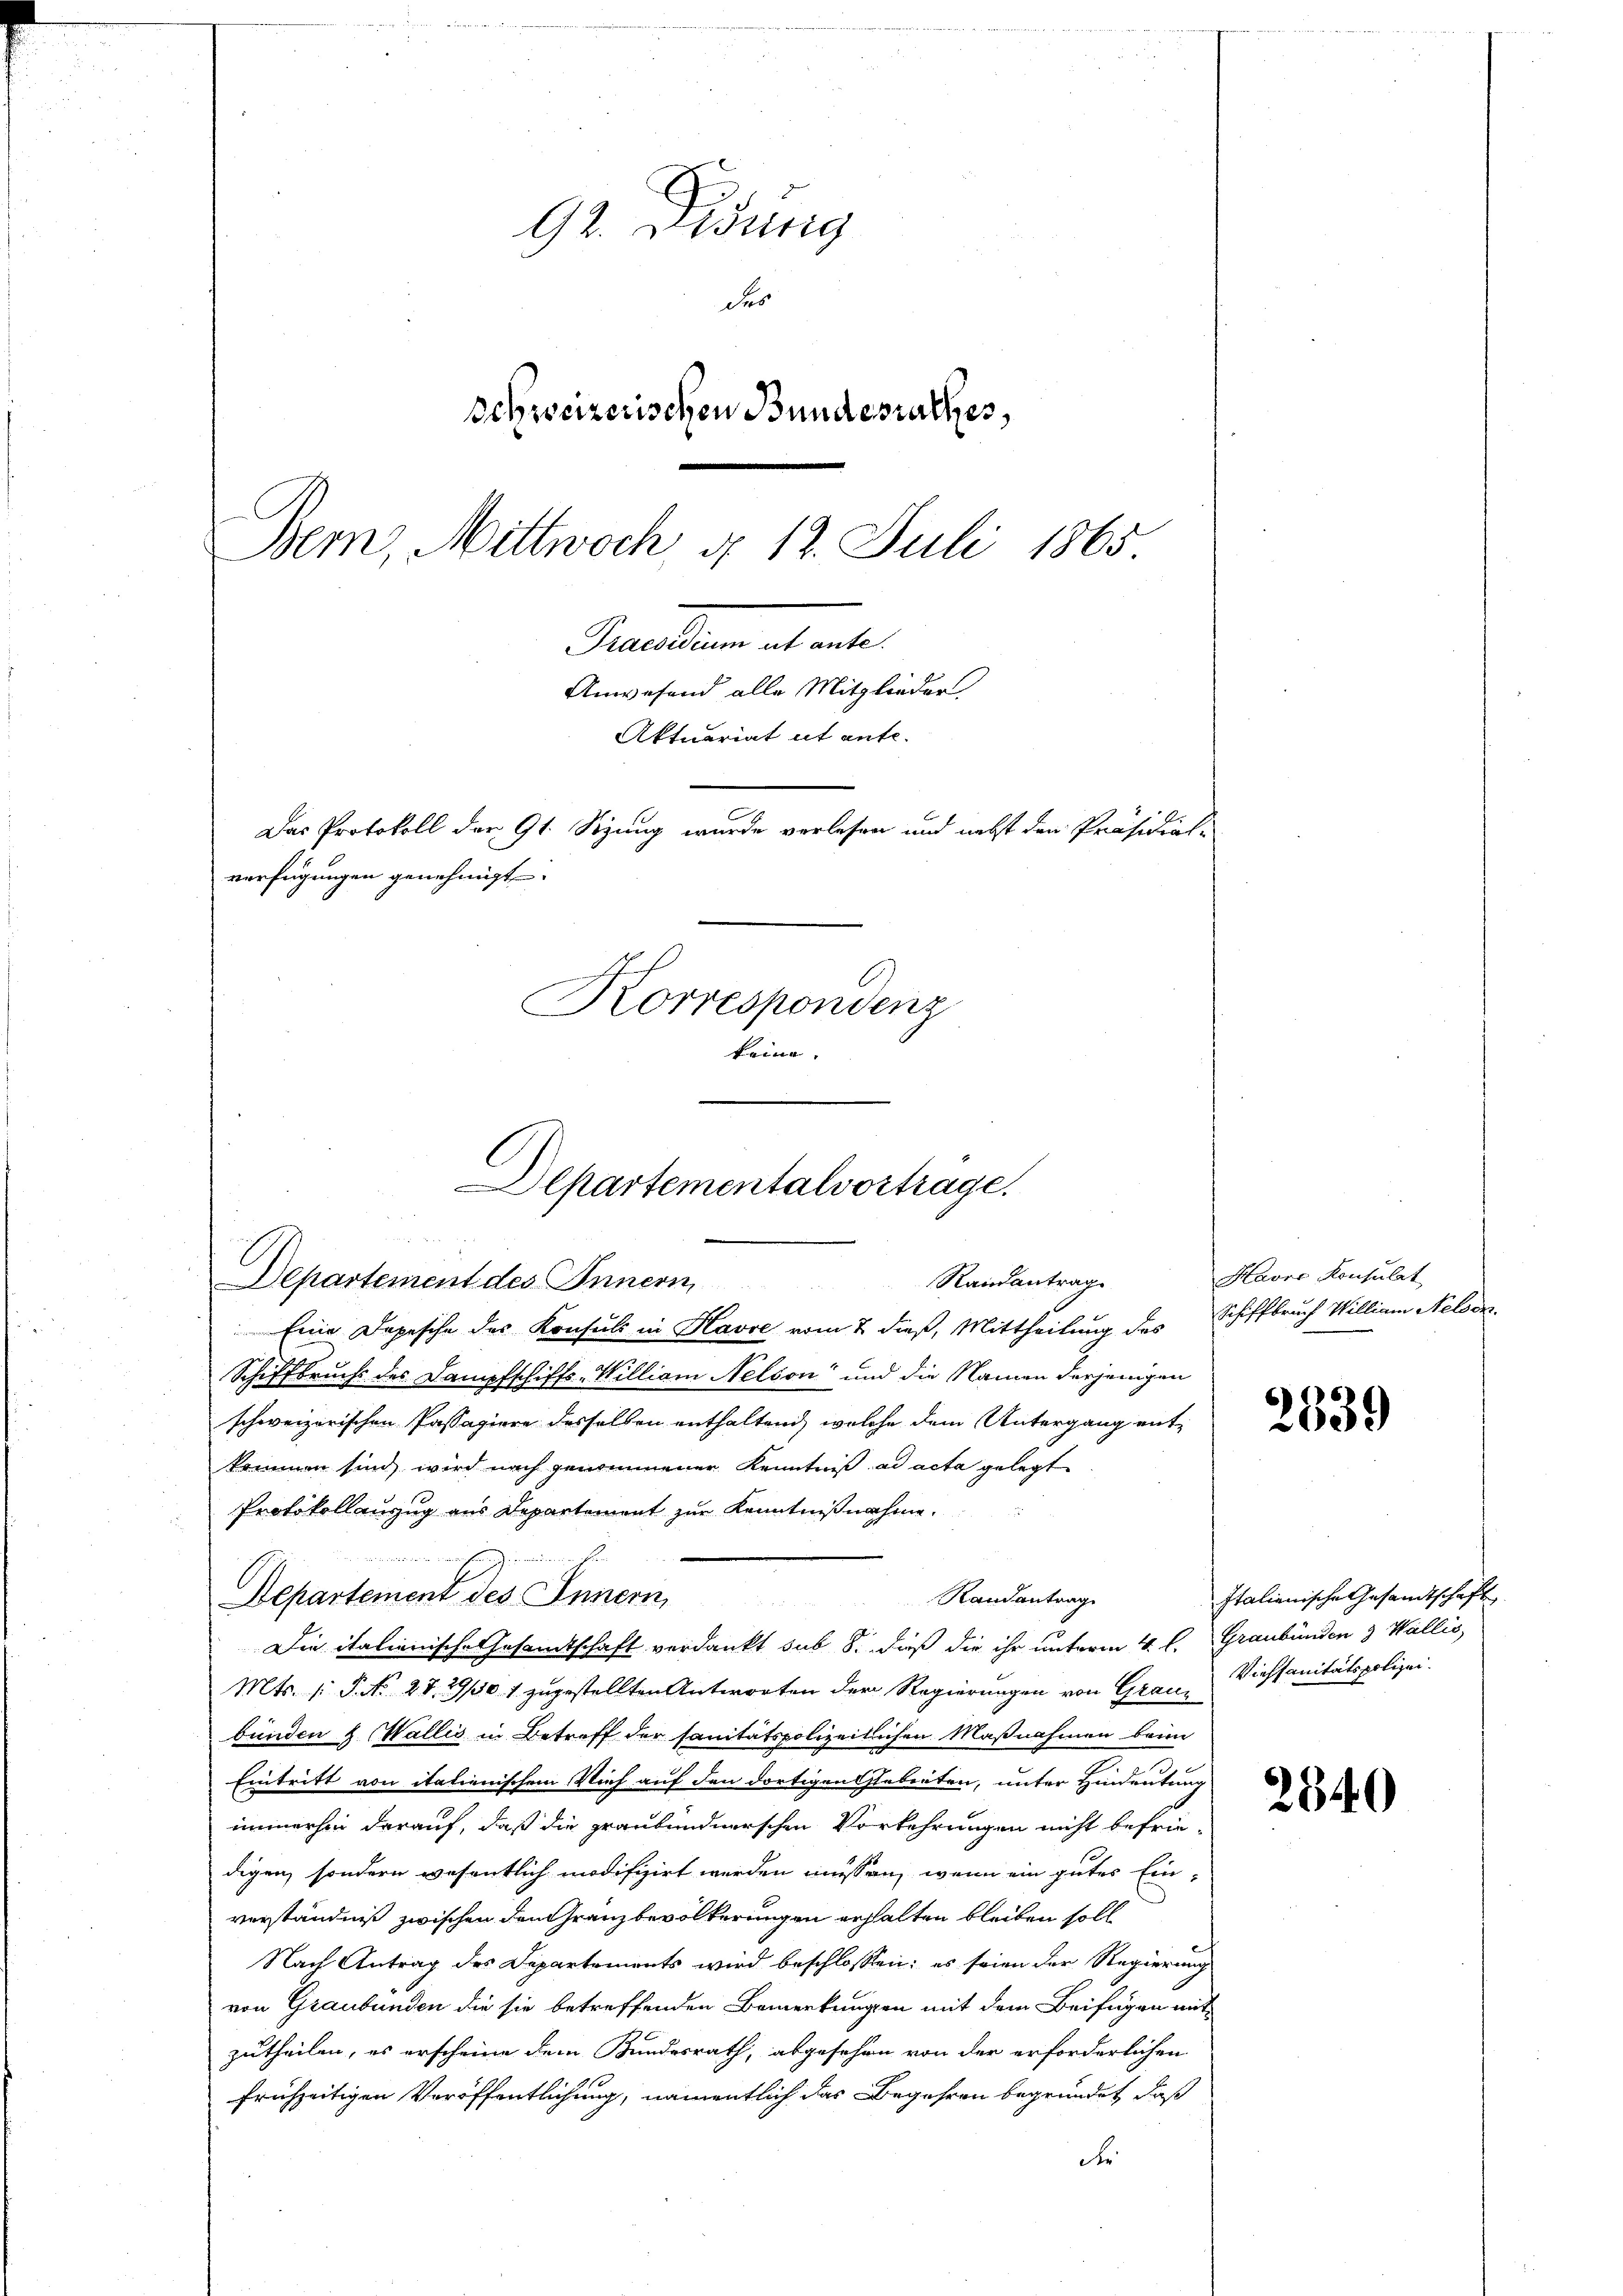
92. Didung
des
Schweizerischen Bundesrathes,
Bern, Mittwoch d. 12. Juli 1865
Guettenmatente
Anwesend alle Mitglieder
Aktuariat et ante-
Das Protokoll der 91. Stzung wurde verlesen und nebst den Präsidial-
verfügungen genehmigt.
Korrespondenz
keine.

Departementalvortrage.
e
Randantrag.
Departement des Innern,

Eine Depesche des Konsuls in Havre vom 2. dieß, Mittheilung des Schiffbruch William Nelver¬
Schiffbruchs des Dampfschiffs-William Nelson und die Namen derjenigen
schweizerischen Passagiere desselben enthaltend, welche dem Untergang entkommen sind, wird nach genommener Kenntniß ad acta gelegt
Protokollauszug aus Departement zur Kenntnißnahme.
Departement des Innern,
Mts. 1. P. No. 27. 29/50 1 zugestellten Antworten der Regierungen von Grau, Viehsanitätspolizei.
bunden & Wallis in Betreff der sanitätspolizeitlichen Maßnahmen beim
Eintritt von italienischem Vieh auf den dortigen Gebieten, unter Hindeutung
immerhin darauf, daß die graubündnerschen Vorkehrungen nicht befriedigen, sondern wesentlich modifizirt werden müssen, wenn ein gutes Ein-
verständniß zwischen den Granz bevölkerungen erhalten bleiben soll
Nach Antrag des Departements wird beschlossen; es seien der Regierung
von Graubünden die sie betreffenden Bemerkungen mit dem Beifügen mit
zutheilen, es erscheine dem Bundesrath, abgesehen von der erforderlichen
frühzeitigen Veröffentlichung, namentlich das Begehren begründet, daß
der

Randantrag
 xx
Die italienische Gesamtschaft verdankt sub 8. daß die ihr unterm 4. l. Graubünden & Wallis,

Havre Konsulat

2539

Italienische Gesandtschaft

2540